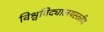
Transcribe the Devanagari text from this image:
विश्वविद्यालयस्तरीय